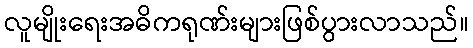
လူမျိုးရေးအဓိကရုဏ်းများဖြစ်ပွားလာသည်။